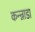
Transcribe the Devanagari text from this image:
कन्न्नाडा